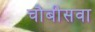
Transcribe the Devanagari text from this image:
चौबीसवा